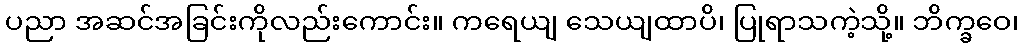
ပညာ အဆင်အခြင်းကိုလည်းကောင်း။ ကရေယျ သေယျထာပိ၊ ပြုရာသကဲ့သို့။ ဘိက္ခဝေ၊